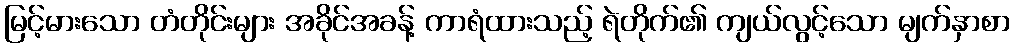
မြင့်မားသော တံတိုင်းများ အခိုင်အခန့် ကာရံထားသည့် ရဲတိုက်၏ ကျယ်လွင့်သော မျက်နှာစာ